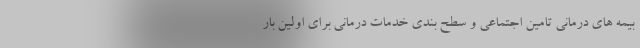
بیمه های درمانی تامین اجتماعی و سطح بندی خدمات درمانی برای اولین بار